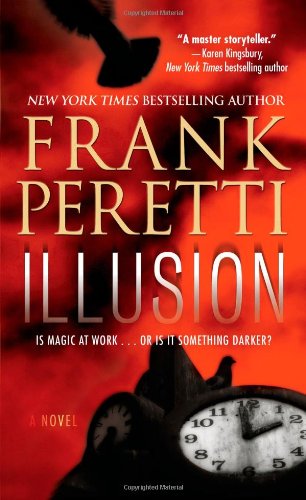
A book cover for Illusion: A Novel; Frank Peretti; Christian Books & Bibles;